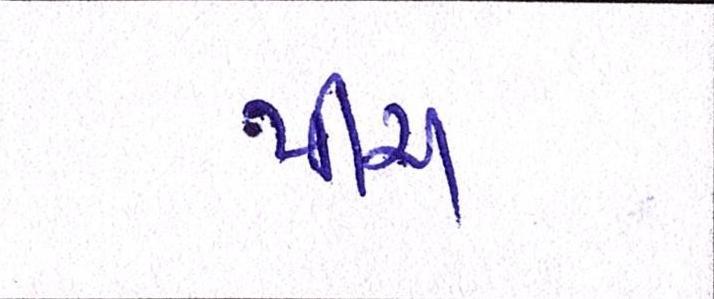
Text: પીચ